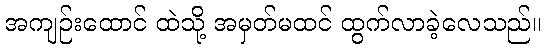
အကျဉ်းထောင် ထဲသို့ အမှတ်မထင် ထွက်လာခဲ့လေသည်။